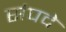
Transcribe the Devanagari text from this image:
संपदे